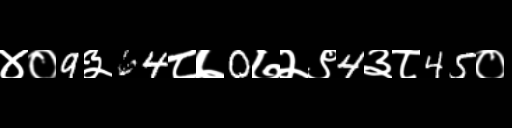
Text: ४०9३64८७0७२९4३८45०